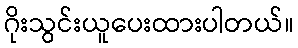
ဂိုးသွင်းယူပေးထားပါတယ်။